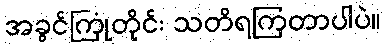
အခွင်ကြုံတိုင်း သတိရကြတာပါပဲ။